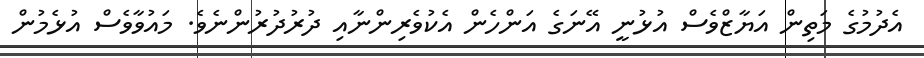
އެދުމުގެ މަތިން އަޔާޒްވެސް އުޅުނީ އޭނަގެ އަންހެން އެކުވެރިންނާއި ދުރުދުރުންނެވެ. މައުވާވެސް އުޅެމުން